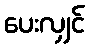
ပေးလျှင်